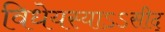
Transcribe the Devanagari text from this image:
विधेयस्याऽऽसीद्